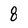
Character: 8